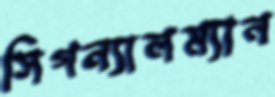
সিগন্যালম্যান